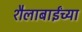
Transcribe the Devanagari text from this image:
शैलाबाईंच्या